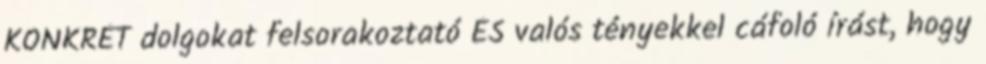
KONKRÉT dolgokat felsorakoztató ÉS valós tényekkel cáfoló írást, hogy